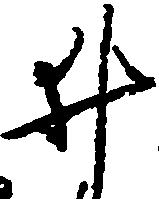
井